Leaving Certificate Examination, 1910
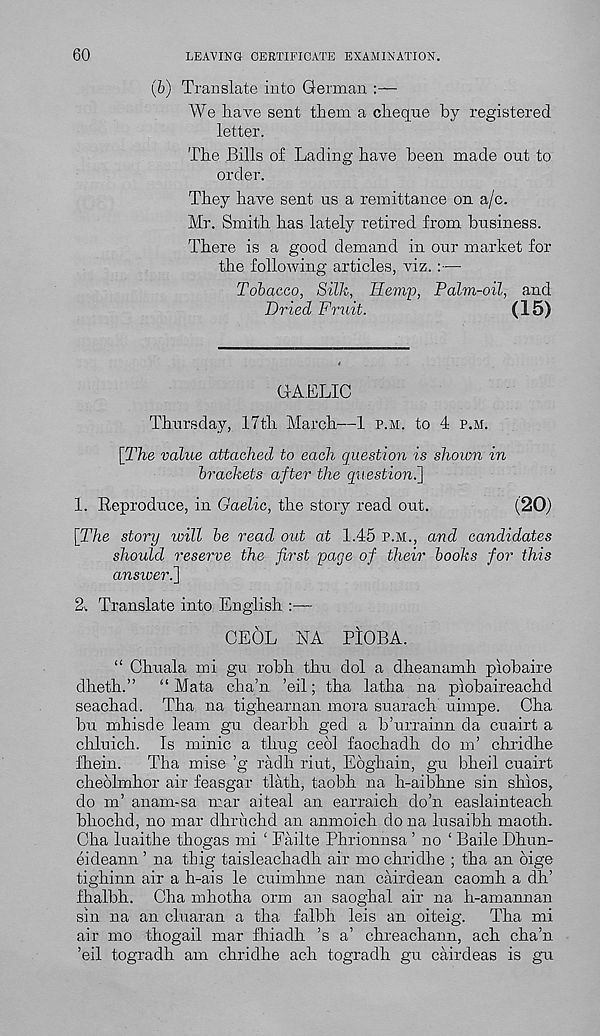
60
LEAVING CERTIFICATE EXAMINATION.
(6) Translate into German :—
We have sent them a cheque by registered
letter.
The Bills of Lading have been made out to
order.
They have sent us a remittance on a/c.
Mr. Smith has lately retired from business.
There is a good demand in our market for
the following articles, viz. :—
Tobacco, Silk, Hem-p, Palm-oil, and
Dried Fruit.
(15)
GAELIC
Thursday, 17th March—1 p.m, to 4 p.m.
[The value attached to each question is shown in
brackets after the questioni]
1. Reproduce, in Gaelic, the story read out.
(20)
[The story loill be read out at 1.45 p.m., and candidates
should reserve the first page of their books for this
ansiveri]
2^ Translate into English :—
CEOL NA PIOBA.
“ Chuala mi gu robh thu dol a dheanamh plobaire
dheth.”
“ Mata cha’n ’eil; tha latha na piobaireachd
seachad. Tha na tighearnan mora suarach uimpe. Cha
bu mhisde learn gu dearth ged a b’urrainn da cuairt a
chluich. Is minic a thug ceol faochadh do m’ chridhe
fhein.
Tha mise ’g radh riut, Eoghain, gu bheil cuairt
cheolmhor air feasgar tlath, taobh na h-aibline sin shios,
do m’ anam-sa mar aiteal an earraich do’n easlainteach
bhochd, no mar dhruchd an anmoich do na lusaibh maoth.
Cha luaithe thogas mi ‘ Failte Phrionnsa ’ no 1 Baile Dhun-
eideann ’ na thig taisleachadh air mo chridhe ; tha an oige
tighinn air a h-ais le cuimhne nan cairdean caomh a dh’
fhalbh. Cha mhotha orm an saoghal air na h-amannan
sin na an cluaran a tha falbh leis an oiteig.
Tha mi
air mo thogail mar fhiadh ’s a’ chreachann, ach cha’n
’eil togradh am chridhe ach togradh gu cairdeas is gu